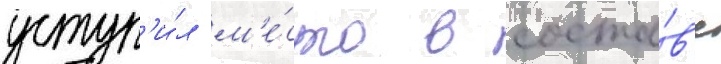
уступ'и́л м'е́сто в соста́в'е